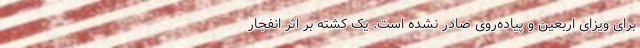
برای ویزای اربعین و پیاده‌روی صادر نشده است. یک کشته بر اثر انفجار